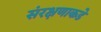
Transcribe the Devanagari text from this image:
संरक्षणाकडे